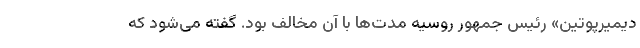
دیمیرپوتین» رئیس جمهور روسیه مدت‌ها با آن مخالف بود. گفته می‌شود که